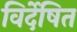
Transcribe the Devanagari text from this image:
विर्देषित